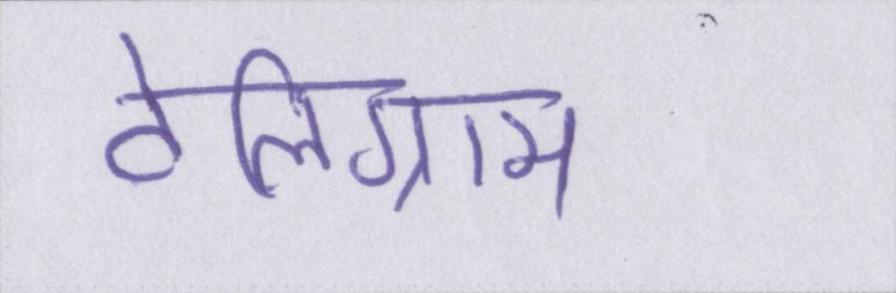
टेलिग्राम